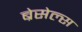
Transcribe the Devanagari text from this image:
ब्रेसेल्स